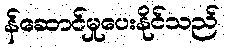
န်ဆောင်မှုပေးနိုင်သည်